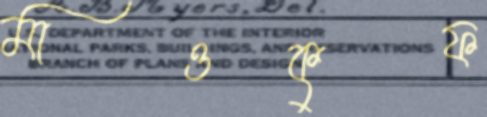
মাওকুফ